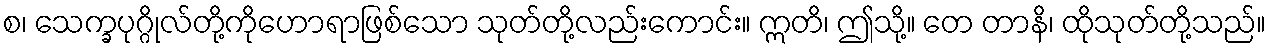
စ၊ သေက္ခပုဂ္ဂိုလ်တို့ကိုဟောရာဖြစ်သော သုတ်တို့လည်းကောင်း။ ဣတိ၊ ဤသို့။ တေ တာနိ၊ ထိုသုတ်တို့သည်။